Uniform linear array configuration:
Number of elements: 8
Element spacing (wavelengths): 1
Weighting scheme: exponential
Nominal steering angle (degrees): -30
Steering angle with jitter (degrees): -31.209
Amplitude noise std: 0.05
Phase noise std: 0.05

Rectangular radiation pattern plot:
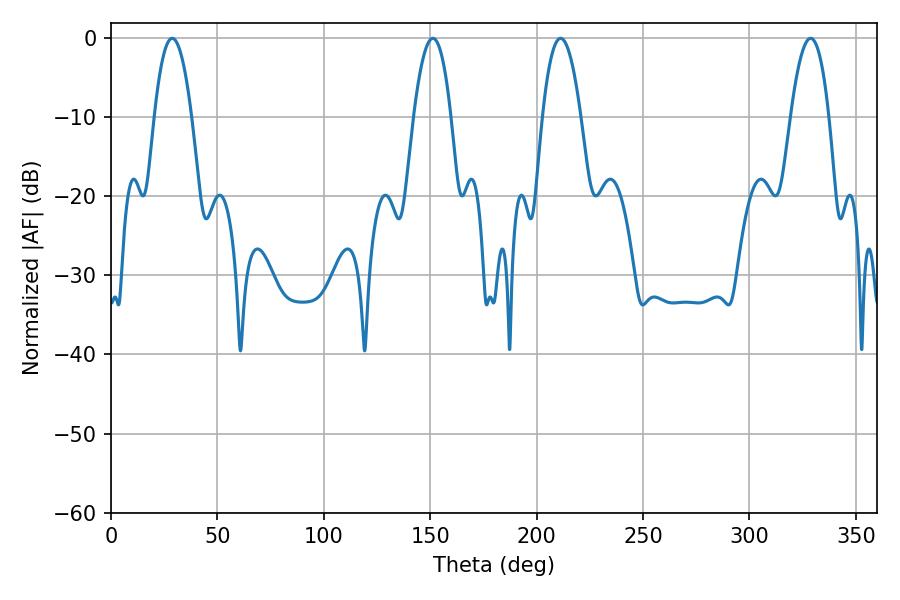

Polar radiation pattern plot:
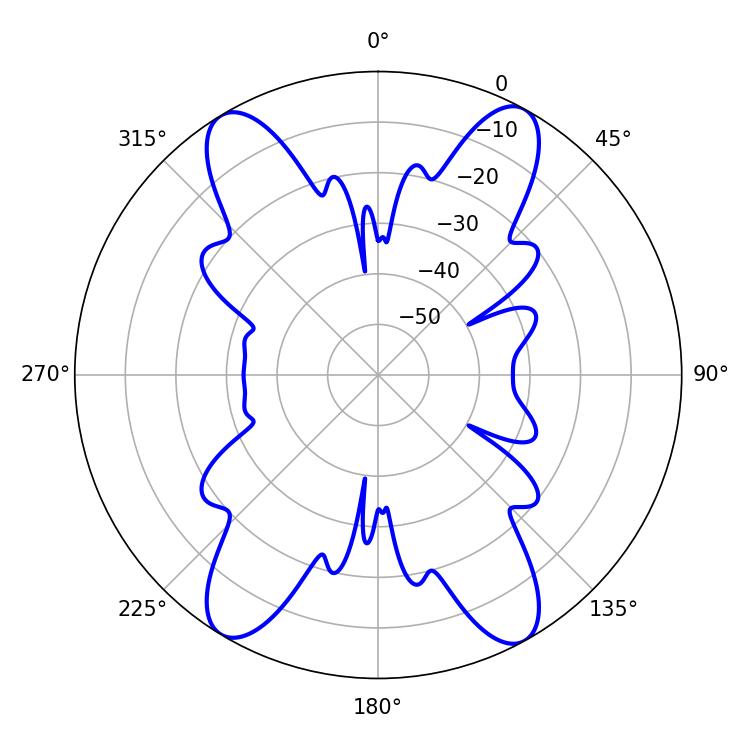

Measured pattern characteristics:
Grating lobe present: TRUE
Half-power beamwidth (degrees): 9.72
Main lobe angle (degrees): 28.8